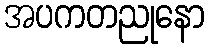
အပကတညုနော